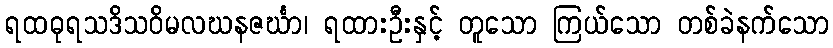
ရထဓုရသဒိသဝိမလဃနဇင်္ဃာ၊ ရထားဦးနှင့် တူသော ကြယ်သော တစ်ခဲနက်သော